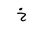
Letter: _kha